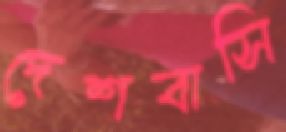
দেশবাসি